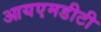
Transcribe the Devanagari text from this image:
आयएमडीटी